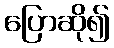
ပြောဆို၍